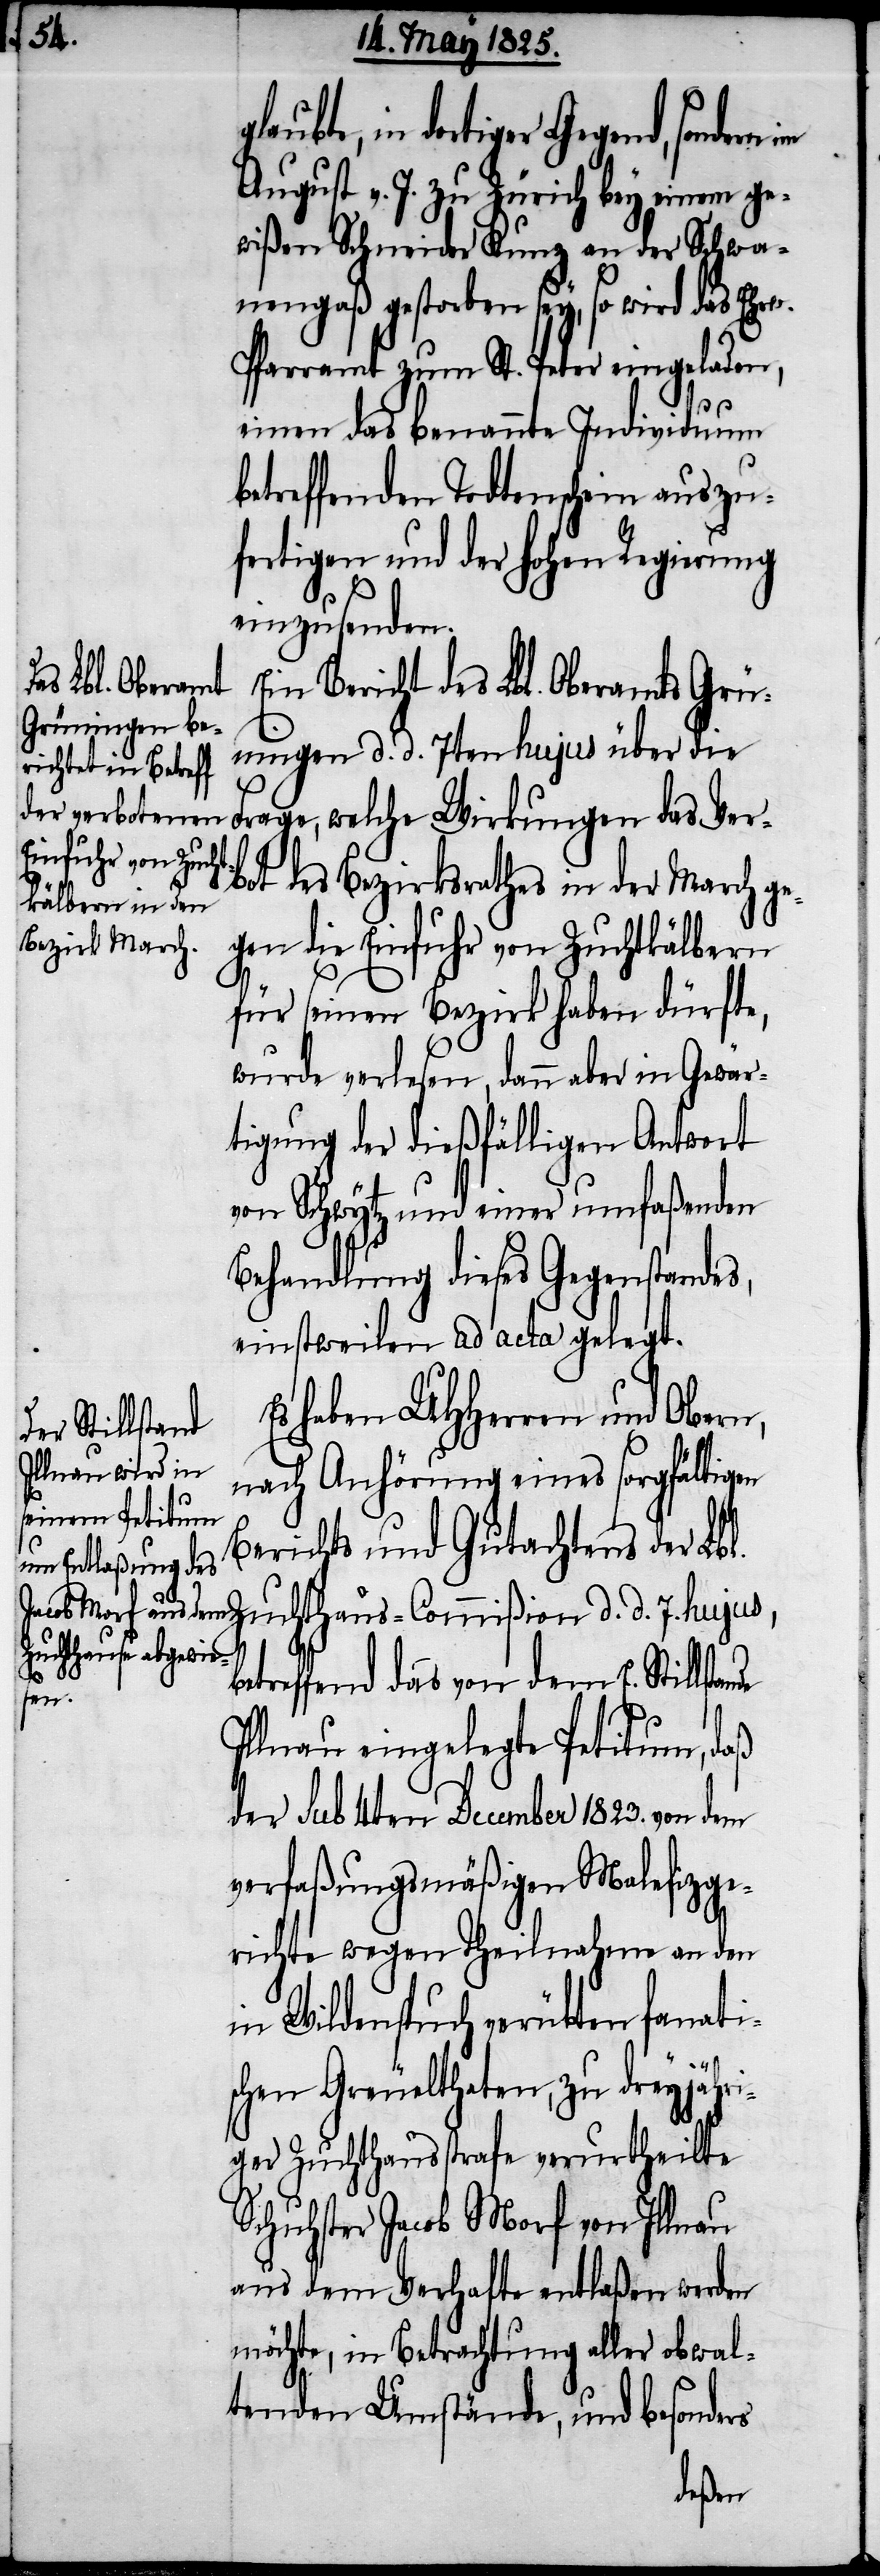
glau¬

bte, in dortiger Gegend, sondern
August v. J. zu Zürich bey einem ge¬
wißen Schneider Kunz an der Schwa¬
nengaß gestorben sey, so wird das Ehrw.
Pfarramt zum St. Peter eingeladen,
einen das benannte Individuum
betreffenden Todtenschein auszu¬
fertigen und der hohen Regierung
einzusenden.
Ein Bericht des Lbl. Oberamts Grün¬
ingen d. d. 7ten hujus über die
Frage, welche Wirkungen das Ver¬
bot des Bezirksrathes in der March ge¬
gen die Einfuhr von Zuchtkälbern
für seinen Bezirk haben dürfte,
wurde verlesen, dann aber in Gewär¬
tigung der dießfälligen Antwort
von Schwytz und einer umfaßenden
Behandlung dieses Gegenstandes,
einstweilen ad acta gelegt.
Es haben UHHerren und Obern,
nach Anhörung eines sorgfältigen
Berichts und Gutachtens der Lb¬
l. Zuchthaus-Commißion d. d. 7. hujus,
b¬
etreffend das von dem E. Still¬
stande eingelegte Petitum, daß
der sub 4ten December 1823. von dem
verfaßungsmäßigen Malefizge¬
richte wegen Theilnahme an den
in Wildenspuch verübten fanati¬
schen Greuelthaten, zu dreyjähri¬
ger Zuchthausstrafe verurtheilte
Schuster Jacob Morf von Illnau
aus dem Verhafte entlaßen werden
möchte, in Betrachtung aller obwal¬
tenden Umstände, und besonders